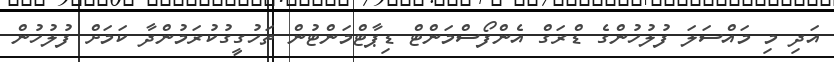
އަދި މި މައްސަލަ ފުލުހުންގެ ޑްރަގް އެންފޯސްމަންޓް ޑިޕާޓްމަންޓުން ތަހުގީގުކުރަމުންދާ ކަމަށް ފުލުހުން